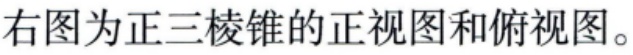
右图为正三棱锥的正视图和俯视图。